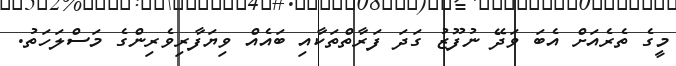
މީގެ ތެރެއަށް އެބަ ވަދޭ ނުފޫޒު ގަދަ ފަރާތްތަކާއި ބައެއް ވިޔަފާރިވެރިންގެ މަސްލަހަތު.